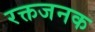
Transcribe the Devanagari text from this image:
रक्तजनक